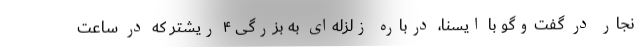
نجار در گفت‌وگو با ایسنا، درباره زلزله‌ای به بزرگی ۴ ریشتر که در ساعت